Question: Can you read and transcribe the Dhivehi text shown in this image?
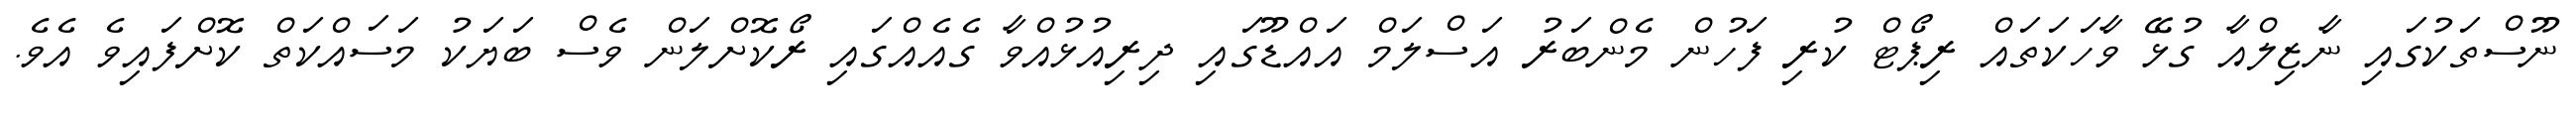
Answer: ނޫސްތަކުގައި ނާޒިލްއާ ގުޅޭ ވާހަކަތައް ރިޕޯޓް ކުރި ފަހުން މެންބަރު އަސްލަމް އައްޑޫގައި ދިރިއުޅުއްވާ ގެއެއްގައި ރޯކޮށްލަން ވެސް ބަޔަކު މަސައްކަތް ކޮށްފައިވެ އެވެ.